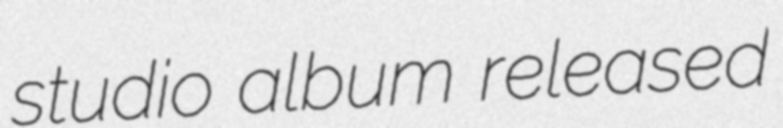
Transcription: studio album released